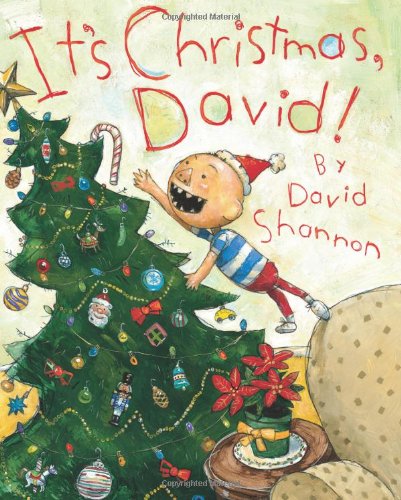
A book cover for It's Christmas, David!; David Shannon; Children's Books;